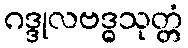
ဂဒ္ဒုလဗဒ္ဓသုတ္တံ